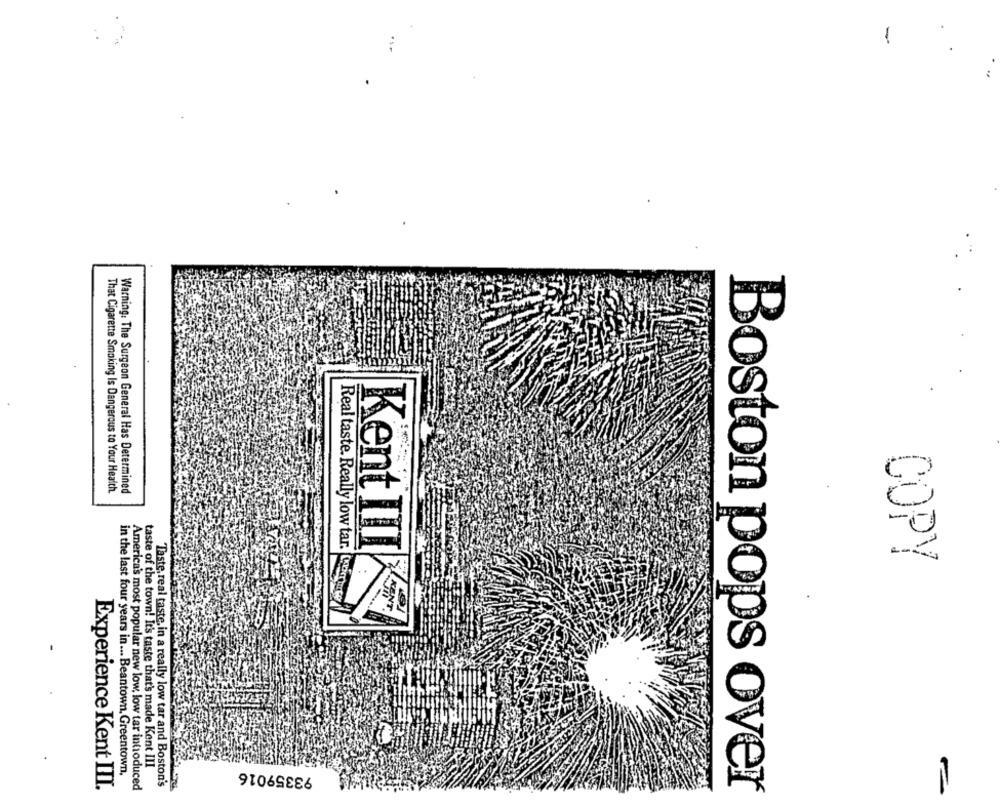
-
That Cigarette Smoking Is Dangerous to Your Health.
Warning: The Surgeon General Has Determined
Kent III
Real taste. Really low tar.
COPY
taste of the town! It's taste that's made Kent III
93359016
in the last four years in ... Beantown, Greentown,
Experience Kent III.
Taste, real taste, in a really low tar and Boston's
America's most popular new low, low tar introduced
Boston pops over